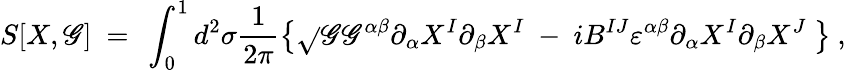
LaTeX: S[X,\mathscr{G}]\ =\ \int_{0}^{1}d^{2}\sigma\frac{{1}}{{2\pi}}\left\{ \sqrt{}{{\mathscr{G}}}\mathscr{G}^{\alpha\beta}\partial_{\alpha}X^{I}\partial_{\beta}X^{I}\ -\ iB^{IJ}\varepsilon^{\alpha\beta}\partial_{\alpha}X^{I}\partial_{\beta}X^{J}\ \right\} \ ,